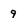
Character: 9